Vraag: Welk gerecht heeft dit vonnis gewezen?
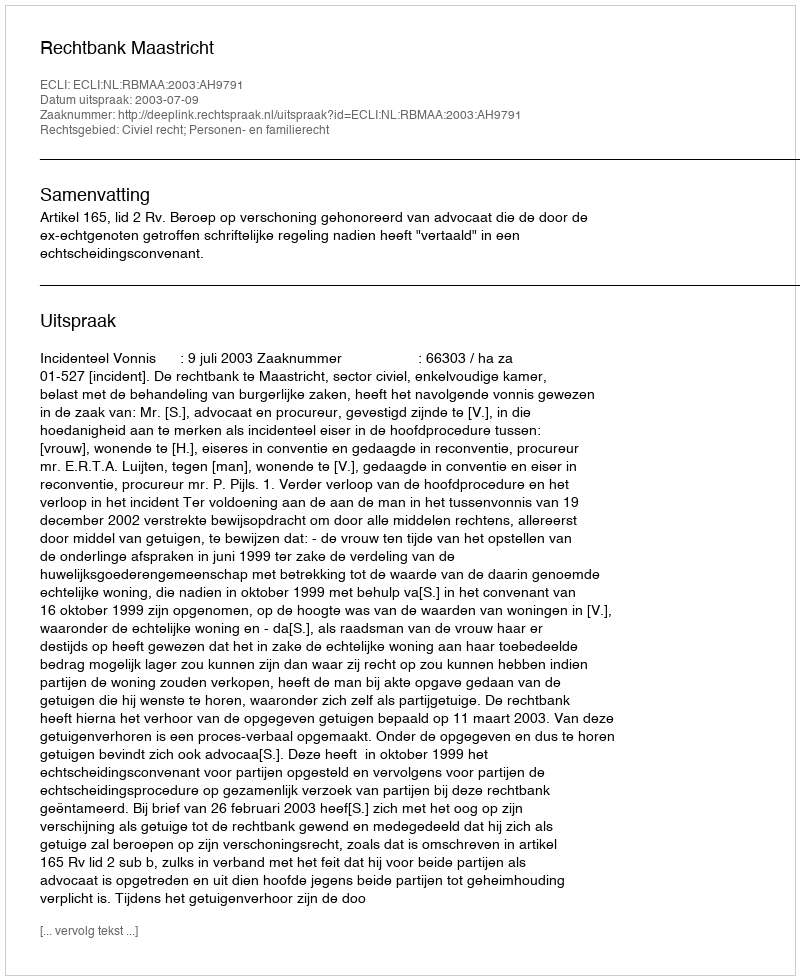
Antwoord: Rechtbank Maastricht